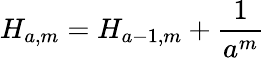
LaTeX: H_{a,m}=H_{a-1,m}+{\frac{1}{a^{m}}}